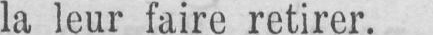
la leur faire retirer.